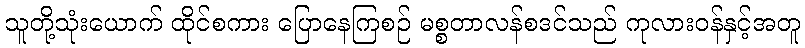
သူတို့သုံးယောက် ထိုင်စကား ပြောနေကြစဉ် မစ္စတာလန်စဒင်သည် ကုလားဝန်နှင့်အတူ